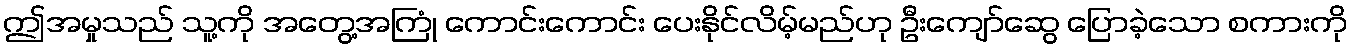
ဤအမှုသည် သူ့ကို အတွေ့အကြုံ ကောင်းကောင်း ပေးနိုင်လိမ့်မည်ဟု ဦးကျော်ဆွေ ပြောခဲ့သော စကားကို